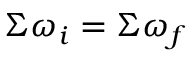
\Sigma \omega _ { i } = \Sigma \omega _ { f }